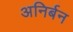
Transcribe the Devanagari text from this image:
अनिर्बन